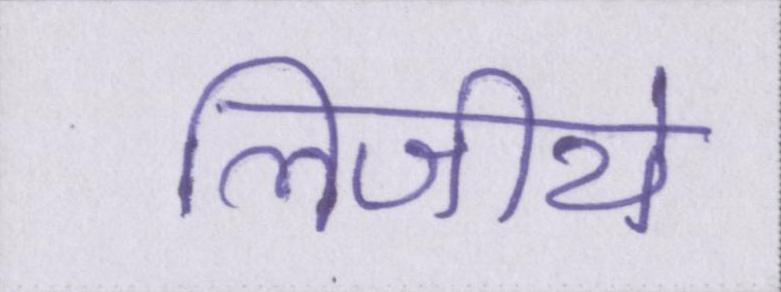
लिजीये